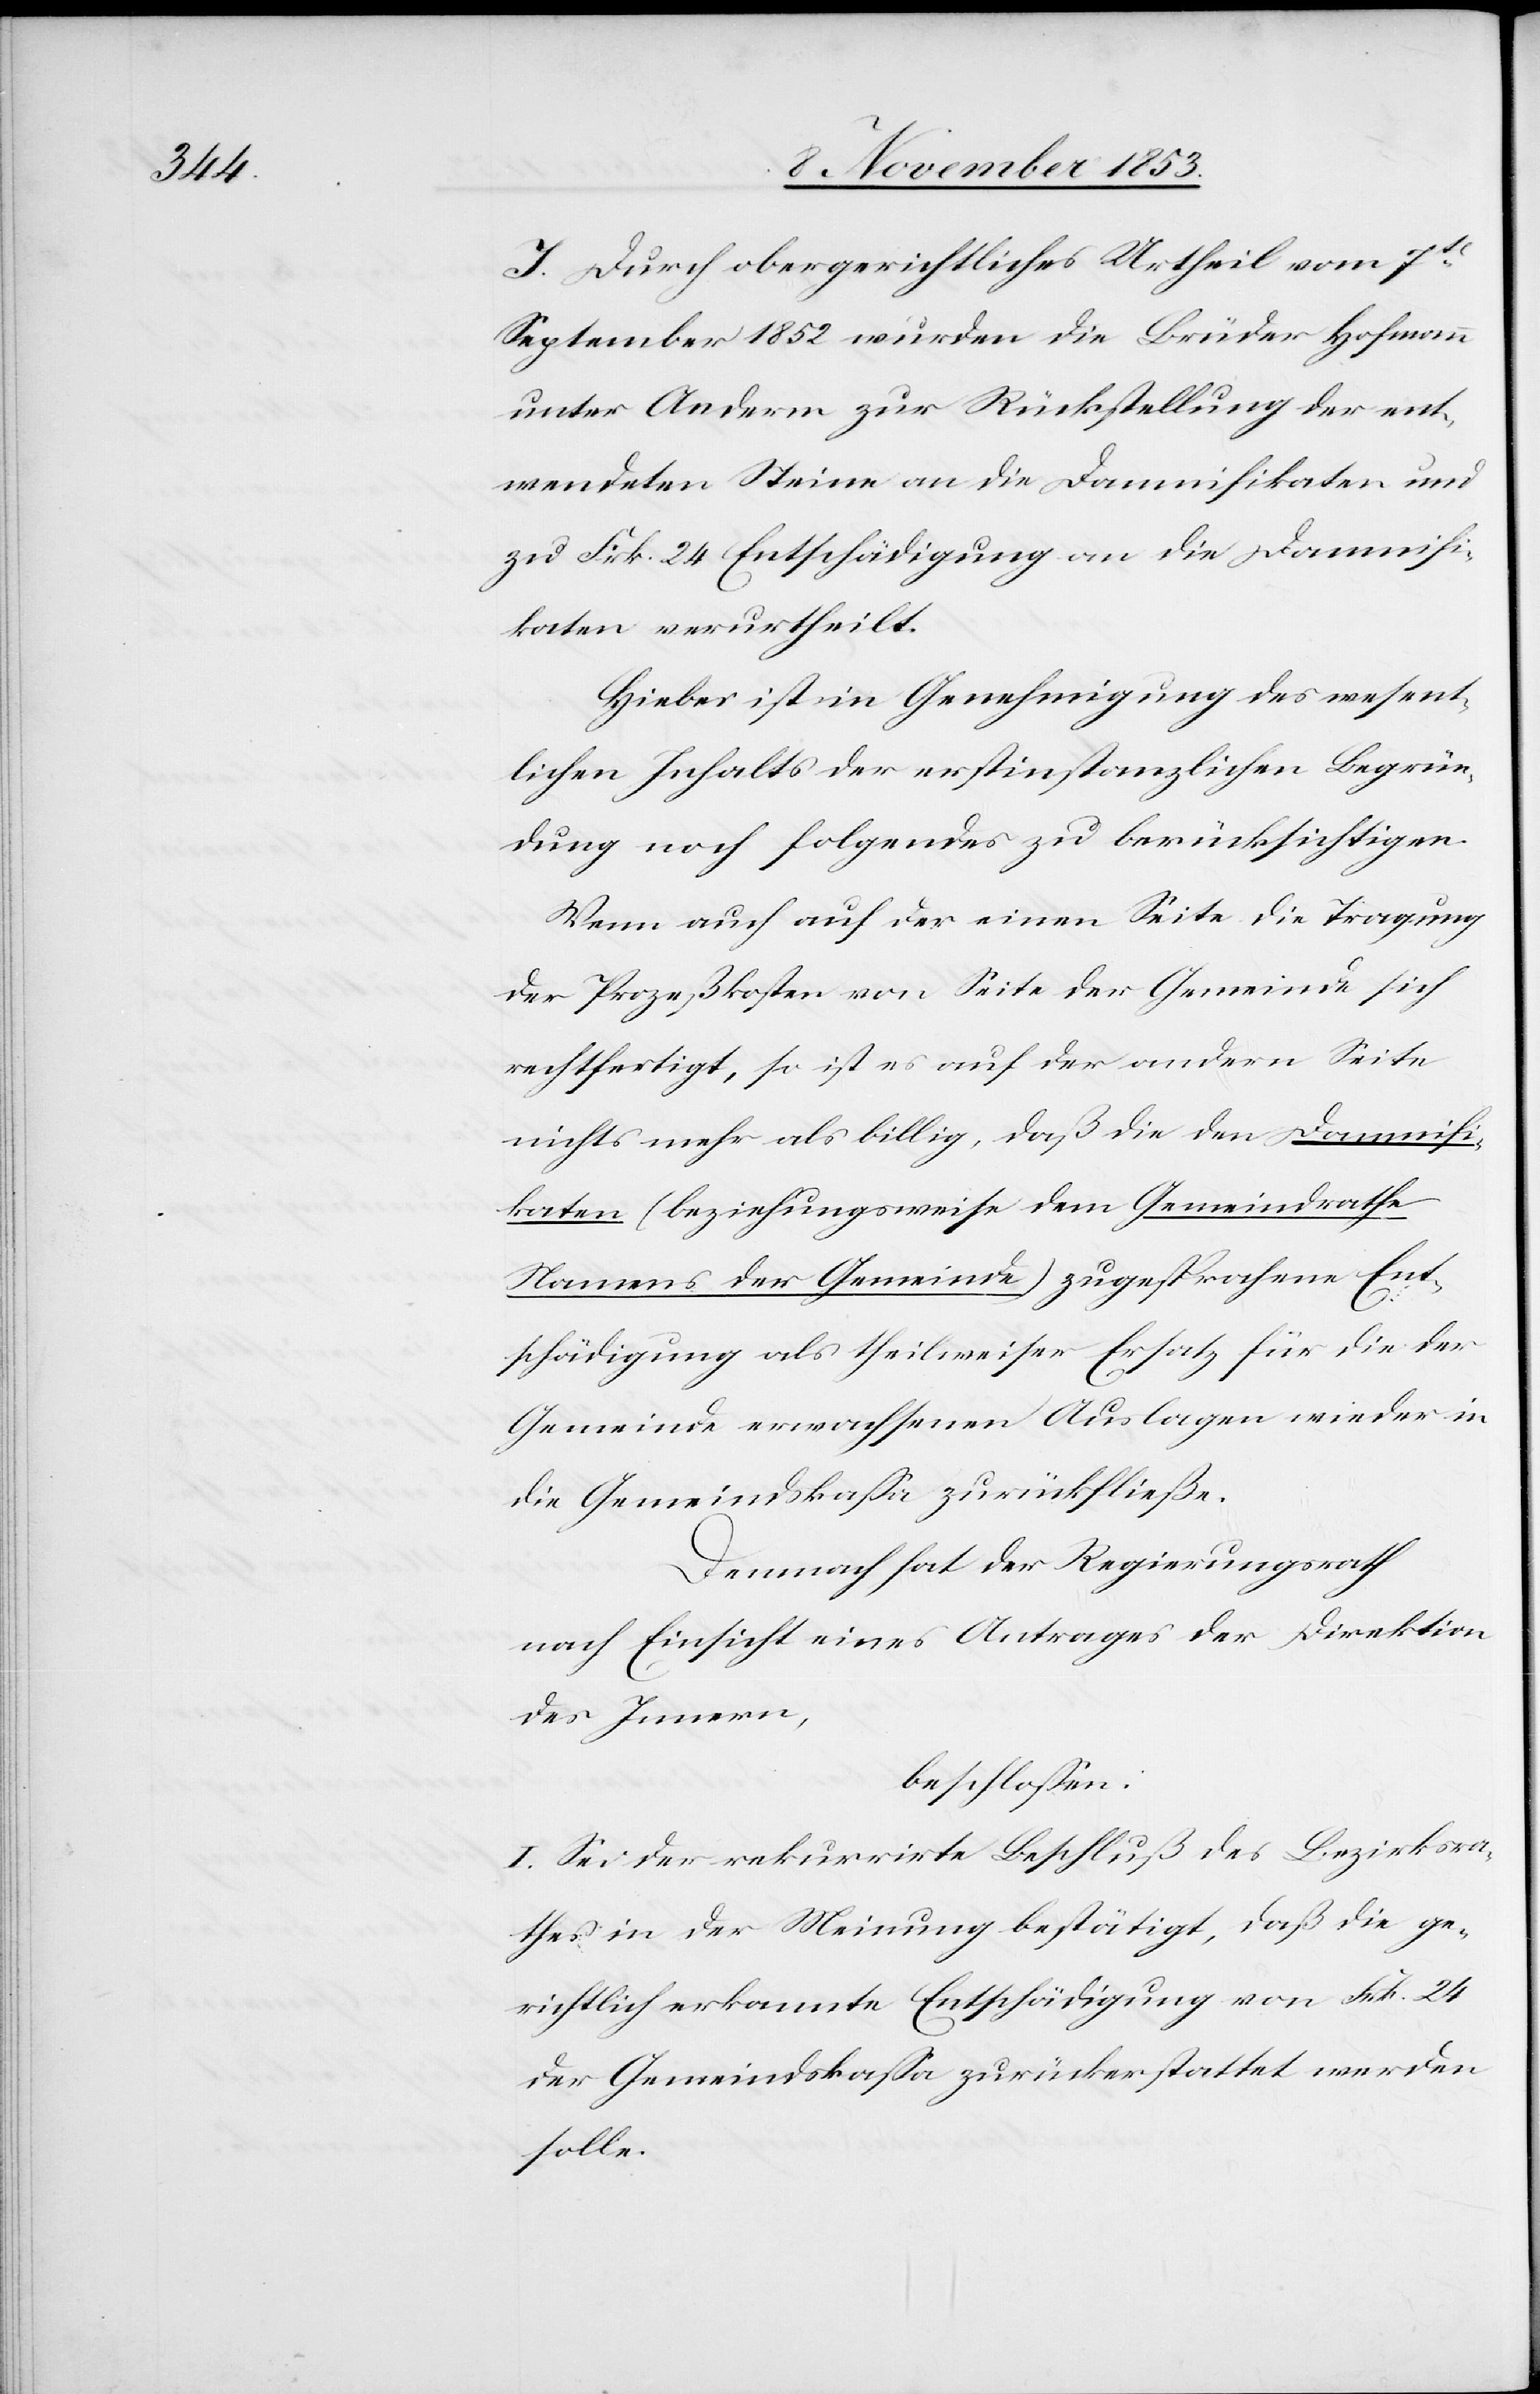
J. Durch obergerichtliches Urtheil vom 7t
September 1852 wurden die Brüder Hofmann
unter Anderm zur Rückstellung der ent¬
wendeten Steine an die Damnifikaten und
zu Frk. 24 Entschädigung an die Damnifi¬
katen verurtheilt.
Hiebei ist in Genehmigung des wesent¬
lichen Inhalts der erstinstanzlichen Begrün¬
dung noch folgendes zu berücksichtigen.
Wenn auch auf der einen Seite die Tragung
der Prozeßkosten von Seite der Gemeinde sich
rechtfertigt, so ist es auf der andern Seite
nichts als billig, daß die den Damnifi¬
katen (beziehungsweise dem Gemeindrathe
Namens der Gemeinde) zugesprochene Ent¬
schädigung als theilweiser Ersatz für die der
Gemeinde erwachsenen Auslagen wieder in
die Gemeindskaßa zurückfließe.
Demnach hat der Regierungsrath
nach Einsicht eines Antrages der Direktion
des Innern,
beschloßen:
I. Sei der rekurrirte Beschluß des Bezirksra¬
thes in der Meinung bestätigt, daß die ge¬
richtlich erkannte Entschädigung von Frk. 24
der Gemeindskaßa zurückerstattet werden
solle.